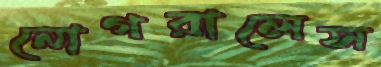
নোগরালেস